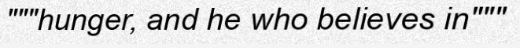
"""hunger, and he who believes in"""